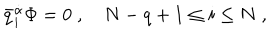
\bar { q } _ { i } ^ { \dot { \alpha } } \Phi = 0 \; , \quad N - q + 1 \leq i \leq N \; ,